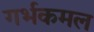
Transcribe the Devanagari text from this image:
गर्भकमल